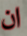
ان